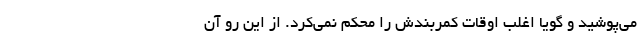
می‌پوشید و گویا اغلب اوقات کمربندش را محکم نمی‌کرد. از این ‌رو آن